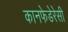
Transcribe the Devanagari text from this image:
कानफेडेरेसी